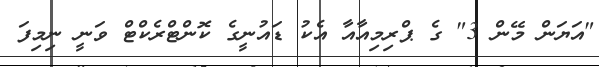
"އަޔަން މޭން 3" ގެ ޕްރިމިއާއާ އެކު ޑައުނީގެ ކޮންޓްރެކްޓް ވަނީ ނިމިފަ